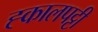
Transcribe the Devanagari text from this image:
ह्कालपट्टी